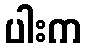
ပါးက